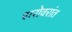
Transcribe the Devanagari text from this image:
सरोवरांत